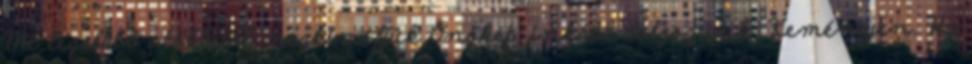
Mi legalább utóbbitól megkíméljük Önöket, inkább dolgozunk. Keményen. Ha